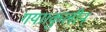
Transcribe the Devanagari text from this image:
गया।कुलीन